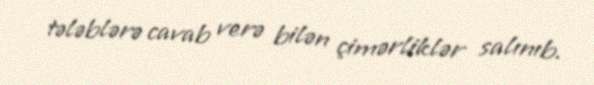
tələblərə cavab verə bilən çimərliklər salınıb.